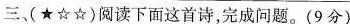
三(★☆☆)阅读下面这首诗，完成问题。(9分)